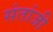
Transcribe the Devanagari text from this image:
संतांजी